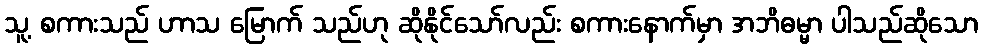
သူ့ စကားသည် ဟာသ မြောက် သည်ဟု ဆိုနိုင်သော်လည်း စကားနောက်မှာ အဘိဓမ္မာ ပါသည်ဆိုသော